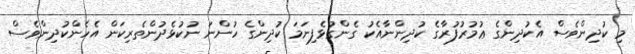
މި ކުދިންވެސް އެކުދިންގެ ޢުމުރުފުރާގެ ކުދިންނާއެކު ގެންގުޅެފިނަމަ ކުދިންގެ ހުންނަ ނުކުޅެދުންތެރިކަން އެހެންކުދިންވެސް